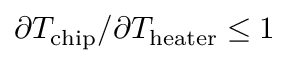
\partial T _ { \mathrm { c h i p } } / \partial T _ { \mathrm { h e a t e r } } \leq 1